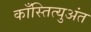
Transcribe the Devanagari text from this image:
काँस्तित्युअंत